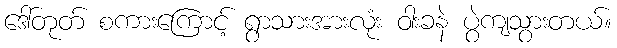
ဒေါ်တုတ် စကားကြောင့် ရွာသားအားလုံး ဝါးခနဲ ပွဲကျသွားတယ်။